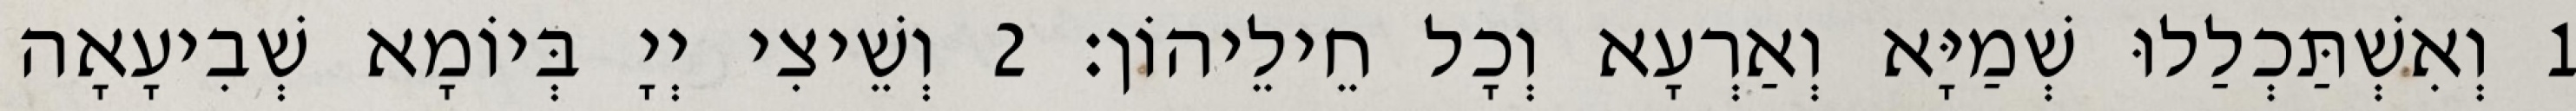
1 וְאִשְׁתַּכְלַלוּ שְׁמַיָּא וְאַרְעָא וְכָל חֵילֵיהוֹן׃ 2 וְשֵׁיצִי יְיָ בְּיוֹמָא שְׁבִיעָאָה